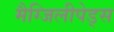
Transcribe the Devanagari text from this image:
मैग्जिलीपेड्स